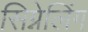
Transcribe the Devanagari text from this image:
सिग्नेलिंग